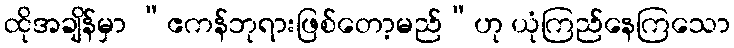
ထိုအချိန်မှာ “ဧကန်ဘုရားဖြစ်တော့မည်”ဟု ယုံကြည်နေကြသော